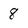
Character: 8